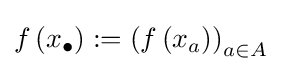
f\left(x_{\bullet }\right):=\left(f\left(x_{a}\right)\right)_{a\in A}